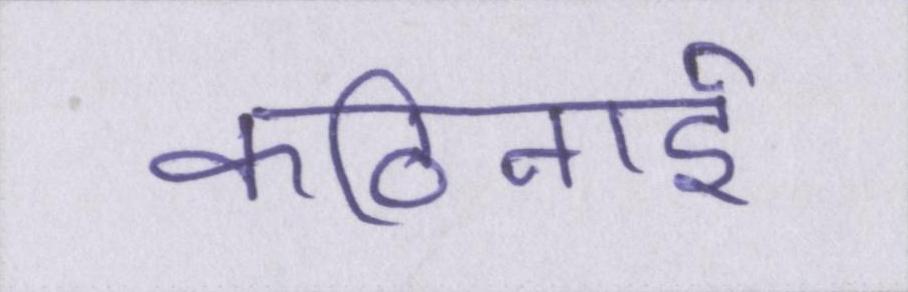
कठिनाई